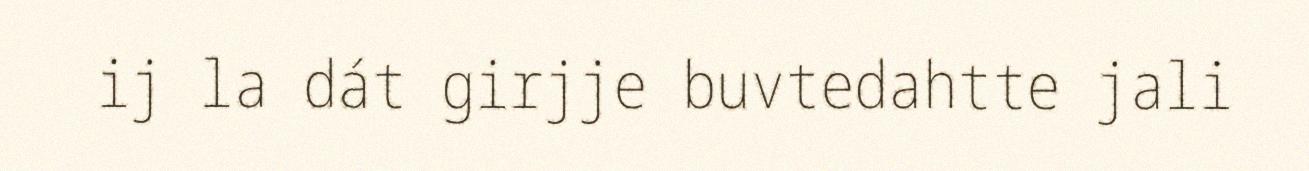
ij la dát girjje buvtedahtte jali